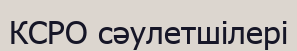
КСРО сәулетшілері